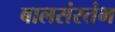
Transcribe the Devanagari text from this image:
बालसंस्तंभ